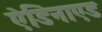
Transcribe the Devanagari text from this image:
ऐडिनाएड